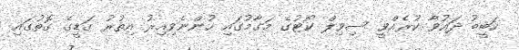
ހަބީބު ދައުވާ ކުރެއްވީ ސިވިލް ކޯޓުގެ މަގާމުގައި ހުންނެވިއިރު އިތުރު ގަޑީގެ ގޮތުގައި